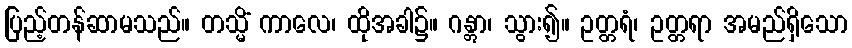
ပြည့်တန်ဆာမသည်။ တသ္မိံ ကာလေ၊ ထိုအခါ၌။ ဂန္တွာ၊ သွား၍။ ဥတ္တရံ၊ ဥတ္တရာ အမည်ရှိသော